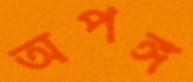
অপঙ্গ